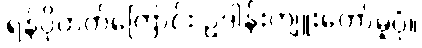
ရန်ပိုတတ်ကြောင်း ဥဒါန်းကျူးတော်မူပုံ။